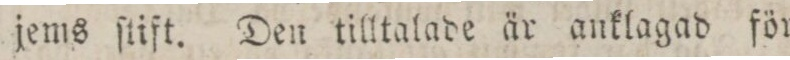
jems ſtift. Den tilltalade är anklagad för